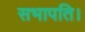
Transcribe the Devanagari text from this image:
सभापति।